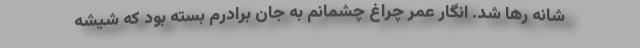
شانه رها شد. انگار عمر چراغ چشمانم به جان برادرم بسته بود که شیشه